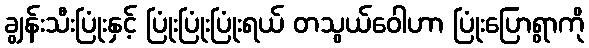
ချွန်းသီးပြုံးနှင့် ပြုံးပြုံးပြုံးရယ် တသွယ်ဝေါဟာ ပြုံးပြောရွာကို